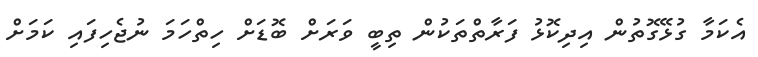
އެކަމާ ގުޅޭގޮތުން އިދިކޮޅު ފަރާތްތަކުން ތިބީ ވަރަށް ބޮޑަށް ހިތްހަމަ ނުޖެހިފައި ކަމަށް